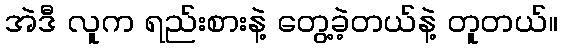
အဲဒီ လူက ရည်းစားနဲ့ တွေ့ခဲ့တယ်နဲ့ တူတယ်။